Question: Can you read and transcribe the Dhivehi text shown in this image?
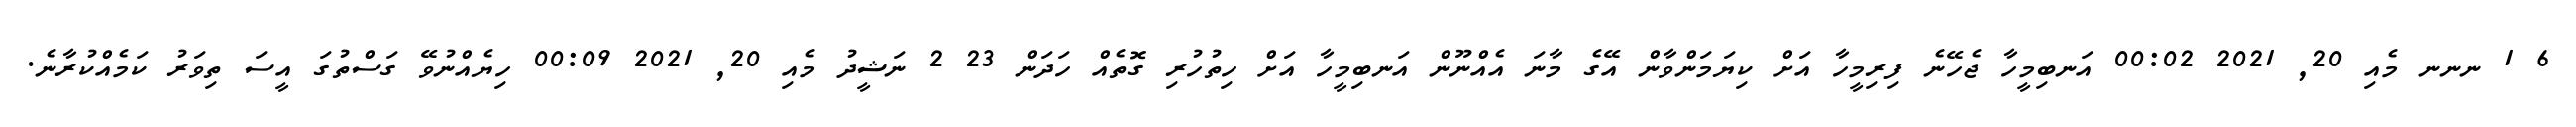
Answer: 6 1 ނނނ މެއި 20, 2021 00:02 އަނބިމީހާ ޖެހޭނެ ފިރިމީހާ އަށް ކިޔަމަންވާން އޭގެ މާނަ އެއްނޫން އަނބިމީހާ އަށް ހިތުހުރި ގޮތެއް ހަދަން 23 2 ނަޝީދު މެއި 20, 2021 00:09 ހިޔެއްނުވޭ ގަސްތުގަ އީސަ ތިވަރު ކަމެއްކުރާނެ.